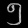
Digit: ၅